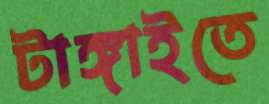
টাঙ্গাইতে